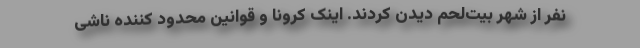
نفر از شهر بیت‌لحم دیدن کردند. اینک کرونا و قوانین محدود کننده ناشی